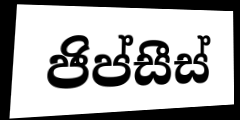
ජිප්සීස්